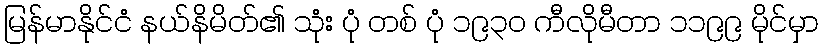
မြန်မာနိုင်ငံ နယ်နိမိတ်၏ သုံး ပုံ တစ် ပုံ ၁၉၃၀ ကီလိုမီတာ ၁၁၉၉ မိုင်မှာ